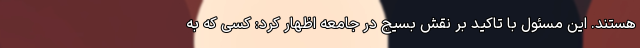
هستند. این مسئول با تاکید بر نقش بسیج در جامعه اظهار کرد: کسی که به